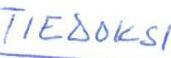
TIEDOKSI